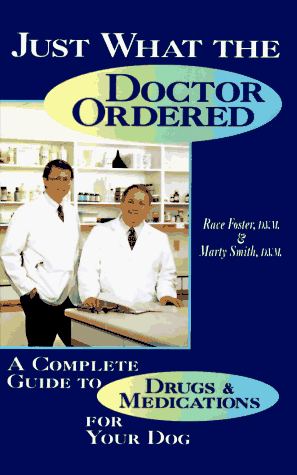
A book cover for Just What the Doctor Ordered: A Complete Guide to Drugs and Medications for Your Dog; Race Foster; Medical Books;